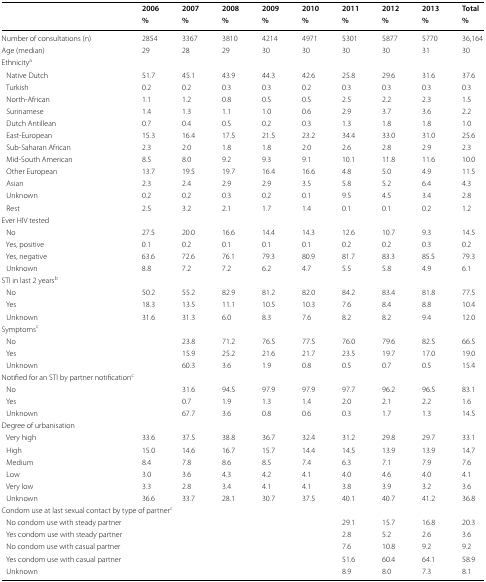
<table><thead><tr><td rowspan="2"></td><td><b>2006</b></td><td><b>2007</b></td><td><b>2008</b></td><td><b>2009</b></td><td><b>2010</b></td><td><b>2011</b></td><td><b>2012</b></td><td><b>2013</b></td><td><b>Total</b></td></tr><tr><td><b>%</b></td><td><b>%</b></td><td><b>%</b></td><td><b>%</b></td><td><b>%</b></td><td><b>%</b></td><td><b>%</b></td><td><b>%</b></td><td><b>%</b></td></tr></thead><tbody><tr><td>Number of consultations (n)</td><td>2854</td><td>3367</td><td>3810</td><td>4214</td><td>4971</td><td>5301</td><td>5877</td><td>5770</td><td>36,164</td></tr><tr><td>Age (median)</td><td>29 </td><td>28</td><td>29</td><td>30</td><td>30</td><td>30</td><td>30</td><td>31</td><td>30</td></tr><tr><td colspan="10">Ethnicity<sup>a</sup></td></tr><tr><td> Native Dutch</td><td>51.7</td><td>45.1</td><td>43.9</td><td>44.3</td><td>42.6</td><td>25.8</td><td>29.6</td><td>31.6</td><td>37.6</td></tr><tr><td> Turkish</td><td>0.2</td><td>0.2</td><td>0.3</td><td>0.3</td><td>0.2</td><td>0.3</td><td>0.3</td><td>0.3</td><td>0.3</td></tr><tr><td> North-African</td><td>1.1</td><td>1.2</td><td>0.8</td><td>0.5</td><td>0.5</td><td>2.5</td><td>2.2</td><td>2.3</td><td>1.5</td></tr><tr><td> Surinamese</td><td>1.4</td><td>1.3</td><td>1.1</td><td>1.0</td><td>0.6</td><td>2.9</td><td>3.7</td><td>3.6</td><td>2.2</td></tr><tr><td> Dutch Antillean</td><td>0.7</td><td>0.4</td><td>0.5</td><td>0.2</td><td>0.3</td><td>1.3</td><td>1.8</td><td>1.8</td><td>1.0</td></tr><tr><td> East-European</td><td>15.3</td><td>16.4</td><td>17.5</td><td>21.5</td><td>23.2</td><td>34.4</td><td>33.0</td><td>31.0</td><td>25.6</td></tr><tr><td> Sub-Saharan African</td><td>2.3</td><td>2.0</td><td>1.8</td><td>1.8</td><td>2.0</td><td>2.6</td><td>2.8</td><td>2.9</td><td>2.3</td></tr><tr><td> Mid-South American</td><td>8.5</td><td>8.0</td><td>9.2</td><td>9.3</td><td>9.1</td><td>10.1</td><td>11.8</td><td>11.6</td><td>10.0</td></tr><tr><td> Other European</td><td>13.7</td><td>19.5</td><td>19.7</td><td>16.4</td><td>16.6</td><td>4.8</td><td>5.0</td><td>4.9</td><td>11.5</td></tr><tr><td> Asian</td><td>2.3</td><td>2.4</td><td>2.9</td><td>2.9</td><td>3.5</td><td>5.8</td><td>5.2</td><td>6.4</td><td>4.3</td></tr><tr><td> Unknown</td><td>0.2</td><td>0.2</td><td>0.3</td><td>0.2</td><td>0.1</td><td>9.5</td><td>4.5</td><td>3.4</td><td>2.8</td></tr><tr><td> Rest</td><td>2.5</td><td>3.2</td><td>2.1</td><td>1.7</td><td>1.4</td><td>0.1</td><td>0.1</td><td>0.2</td><td>1.2</td></tr><tr><td colspan="10">Ever HIV tested</td></tr><tr><td> No</td><td>27.5</td><td>20.0</td><td>16.6</td><td>14.4</td><td>14.3</td><td>12.6</td><td>10.7</td><td>9.3</td><td>14.5</td></tr><tr><td> Yes, positive</td><td>0.1</td><td>0.2</td><td>0.1</td><td>0.1</td><td>0.1</td><td>0.2</td><td>0.2</td><td>0.3</td><td>0.2</td></tr><tr><td> Yes, negative</td><td>63.6</td><td>72.6</td><td>76.1</td><td>79.3</td><td>80.9</td><td>81.7</td><td>83.3</td><td>85.5</td><td>79.3</td></tr><tr><td> Unknown</td><td>8.8</td><td>7.2</td><td>7.2</td><td>6.2</td><td>4.7</td><td>5.5</td><td>5.8</td><td>4.9</td><td>6.1</td></tr><tr><td colspan="10">STI in last 2 years<sup>b</sup></td></tr><tr><td> No</td><td>50.2</td><td>55.2</td><td>82.9</td><td>81.2</td><td>82.0</td><td>84.2</td><td>83.4</td><td>81.8</td><td>77.5</td></tr><tr><td> Yes</td><td>18.3</td><td>13.5</td><td>11.1</td><td>10.5</td><td>10.3</td><td>7.6</td><td>8.4</td><td>8.8</td><td>10.4</td></tr><tr><td> Unknown</td><td>31.6</td><td>31.3</td><td>6.0</td><td>8.3</td><td>7.6</td><td>8.2</td><td>8.2</td><td>9.4</td><td>12.0</td></tr><tr><td colspan="10">Symptoms<sup>c</sup></td></tr><tr><td> No</td><td></td><td>23.8</td><td>71.2</td><td>76.5</td><td>77.5</td><td>76.0</td><td>79.6</td><td>82.5</td><td>66.5</td></tr><tr><td> Yes</td><td></td><td>15.9</td><td>25.2</td><td>21.6</td><td>21.7</td><td>23.5</td><td>19.7</td><td>17.0</td><td>19.0</td></tr><tr><td> Unknown</td><td></td><td>60.3</td><td>3.6</td><td>1.9</td><td>0.8</td><td>0.5</td><td>0.7</td><td>0.5</td><td>15.4</td></tr><tr><td colspan="10">Notified for an STI by partner notification<sup>c</sup></td></tr><tr><td> No</td><td></td><td>31.6</td><td>94.5</td><td>97.9</td><td>97.9</td><td>97.7</td><td>96.2</td><td>96.5</td><td>83.1</td></tr><tr><td> Yes</td><td></td><td>0.7</td><td>1.9</td><td>1.3</td><td>1.4</td><td>2.0</td><td>2.1</td><td>2.2</td><td>1.6</td></tr><tr><td> Unknown</td><td></td><td>67.7</td><td>3.6</td><td>0.8</td><td>0.6</td><td>0.3</td><td>1.7</td><td>1.3</td><td>14.5</td></tr><tr><td colspan="10">Degree of urbanisation</td></tr><tr><td> Very high</td><td>33.6</td><td>37.5</td><td>38.8</td><td>36.7</td><td>32.4</td><td>31.2</td><td>29.8</td><td>29.7</td><td>33.1</td></tr><tr><td> High</td><td>15.0</td><td>14.6</td><td>16.7</td><td>15.7</td><td>14.4</td><td>14.5</td><td>13.9</td><td>13.9</td><td>14.7</td></tr><tr><td> Medium</td><td>8.4</td><td>7.8</td><td>8.6</td><td>8.5</td><td>7.4</td><td>6.3</td><td>7.1</td><td>7.9</td><td>7.6</td></tr><tr><td> Low</td><td>3.0</td><td>3.6</td><td>4.3</td><td>4.2</td><td>4.1</td><td>4.0</td><td>4.6</td><td>4.0</td><td>4.1</td></tr><tr><td> Very low</td><td>3.3</td><td>2.8</td><td>3.4</td><td>4.1</td><td>4.1</td><td>3.8</td><td>3.9</td><td>3.2</td><td>3.6</td></tr><tr><td> Unknown</td><td>36.6</td><td>33.7</td><td>28.1</td><td>30.7</td><td>37.5</td><td>40.1</td><td>40.7</td><td>41.2</td><td>36.8</td></tr><tr><td colspan="10">Condom use at last sexual contact by type of partner<sup>c</sup></td></tr><tr><td> No condom use with steady partner</td><td></td><td></td><td></td><td></td><td></td><td>29.1</td><td>15.7</td><td>16.8</td><td>20.3</td></tr><tr><td> Yes condom use with steady partner</td><td></td><td></td><td></td><td></td><td></td><td>2.8</td><td>5.2</td><td>2.6</td><td>3.6</td></tr><tr><td> No condom use with casual partner</td><td></td><td></td><td></td><td></td><td></td><td>7.6</td><td>10.8</td><td>9.2</td><td>9.2</td></tr><tr><td> Yes condom use with casual partner</td><td></td><td></td><td></td><td></td><td></td><td>51.6</td><td>60.4</td><td>64.1</td><td>58.9</td></tr><tr><td> Unknown</td><td></td><td></td><td></td><td></td><td></td><td>8.9</td><td>8.0</td><td>7.3</td><td>8.1</td></tr></tbody></table>